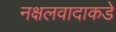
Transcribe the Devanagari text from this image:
नक्षलवादाकडे